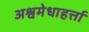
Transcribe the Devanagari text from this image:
अश्वमेधाहर्त्ता